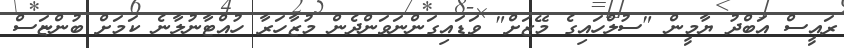
ރައީސް އަބްދު ޔާމީން "ސުލްހައިގެ މޭޒަށް" ވަޑައިގަންނަވަންދެން މުޒާހަރާ ހުއްޓާނުލާނެ ކަމަށް ބުންޏަސް